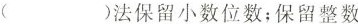
（ ）法保留小数位数；保留整数